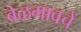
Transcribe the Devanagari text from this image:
बेळगावचें